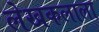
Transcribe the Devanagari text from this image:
लेखकलाला